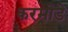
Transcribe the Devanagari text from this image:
करमोडे